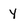
Character: Y